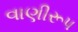
વાણીરૂપ